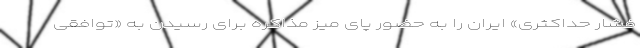
فشار حداکثری» ایران را به حضور پای میز مذاکره برای رسیدن به «توافقی